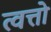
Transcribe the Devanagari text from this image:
त्वत्तो